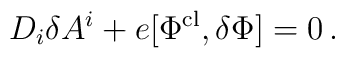
D_{i}\delta A^{i} + e [\Phi^{{\rm cl}},\delta\Phi] = 0 \, .